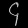
Digit: ၄